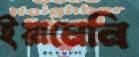
ইয়ামেনি